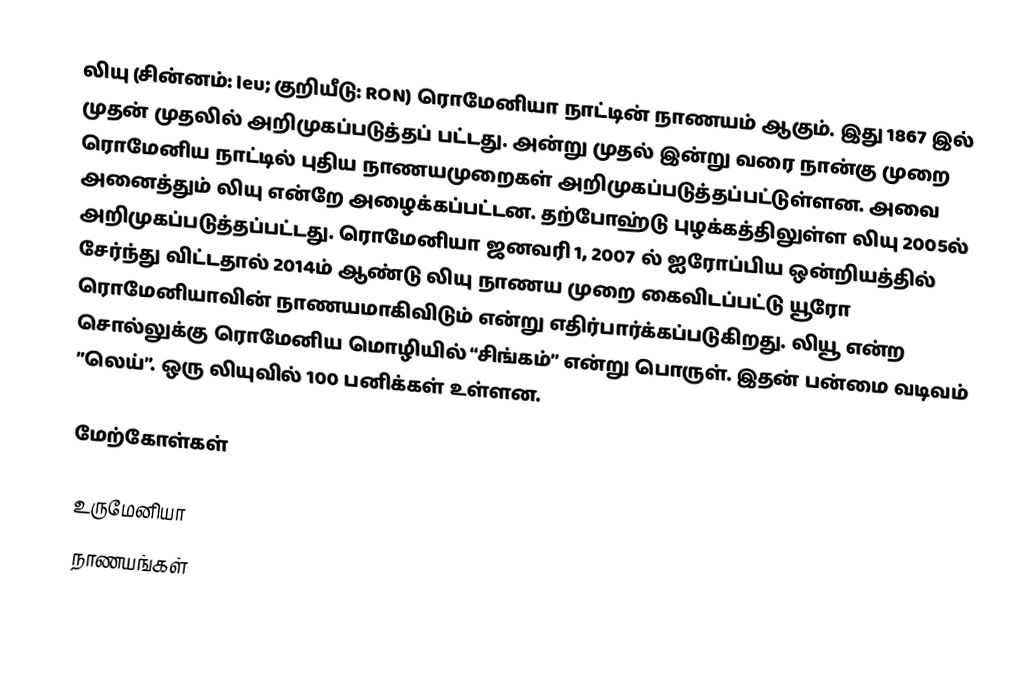
லியு (சின்னம்: leu; குறியீடு: RON) ரொமேனியா நாட்டின் நாணயம் ஆகும். இது 1867 இல் முதன் முதலில் அறிமுகப்படுத்தப் பட்டது. அன்று முதல் இன்று வரை நான்கு முறை ரொமேனிய நாட்டில் புதிய நாணயமுறைகள் அறிமுகப்படுத்தப்பட்டுள்ளன. அவை அனைத்தும் லியு என்றே அழைக்கப்பட்டன. தற்போஹ்டு புழக்கத்திலுள்ள லியு 2005ல் அறிமுகப்படுத்தப்பட்டது. ரொமேனியா ஜனவரி 1, 2007 ல் ஐரோப்பிய ஒன்றியத்தில் சேர்ந்து விட்டதால் 2014ம் ஆண்டு லியு நாணய முறை கைவிடப்பட்டு யூரோ ரொமேனியாவின் நாணயமாகிவிடும் என்று எதிர்பார்க்கப்படுகிறது. லியூ என்ற சொல்லுக்கு ரொமேனிய மொழியில் “சிங்கம்” என்று பொருள். இதன் பன்மை வடிவம் ”லெய்”. ஒரு லியுவில் 100 பனிக்கள் உள்ளன.

மேற்கோள்கள்

உருமேனியா
நாணயங்கள்